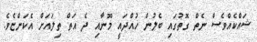
ޝައްކެއްވެސް ނެތް ގޮތުގައި ބެލުން ހުއްދައީ މޫނާއި ދެ އަތް ތިލައަށް އެކަންޏެވެ.